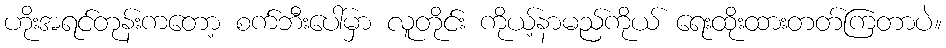
ဟိုးအရင်တုန်းကတော့ စက်ဘီးပေါ်မှာ လူတိုင်း ကိုယ့်နာမည်ကိုယ် ရေးထိုးထားတတ်ကြတာပဲ။